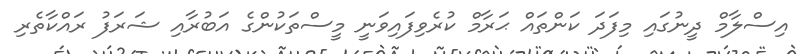
އިސްލާމް ދީނުގައި މިފަދަ ކަންތައް ޙަރާމް ކުރެވިފައިވަނީ މީސްތަކުންގެ އަބުރާއި ޝަރަފު ރައްކާތެރި